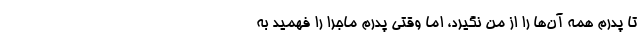
تا پدرم همه آن‌ها را از من نگیرد، اما وقتی پدرم ماجرا را فهمید به